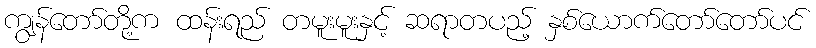
ကျွန်တော်တို့က ထန်းရည် တမူးမူးနှင့် ဆရာတပည့် နှစ်ယောက်တော်တော်ပင်